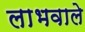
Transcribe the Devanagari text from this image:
लाभवाले